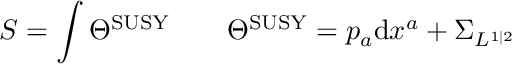
S = \int \Theta ^ { \mathrm { S U S Y } } \qquad \Theta ^ { \mathrm { S U S Y } } = p _ { a } \mathrm { d } x ^ { a } + \Sigma _ { { \cal L } ^ { 1 | 2 } }